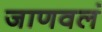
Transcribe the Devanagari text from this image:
जाणवलं